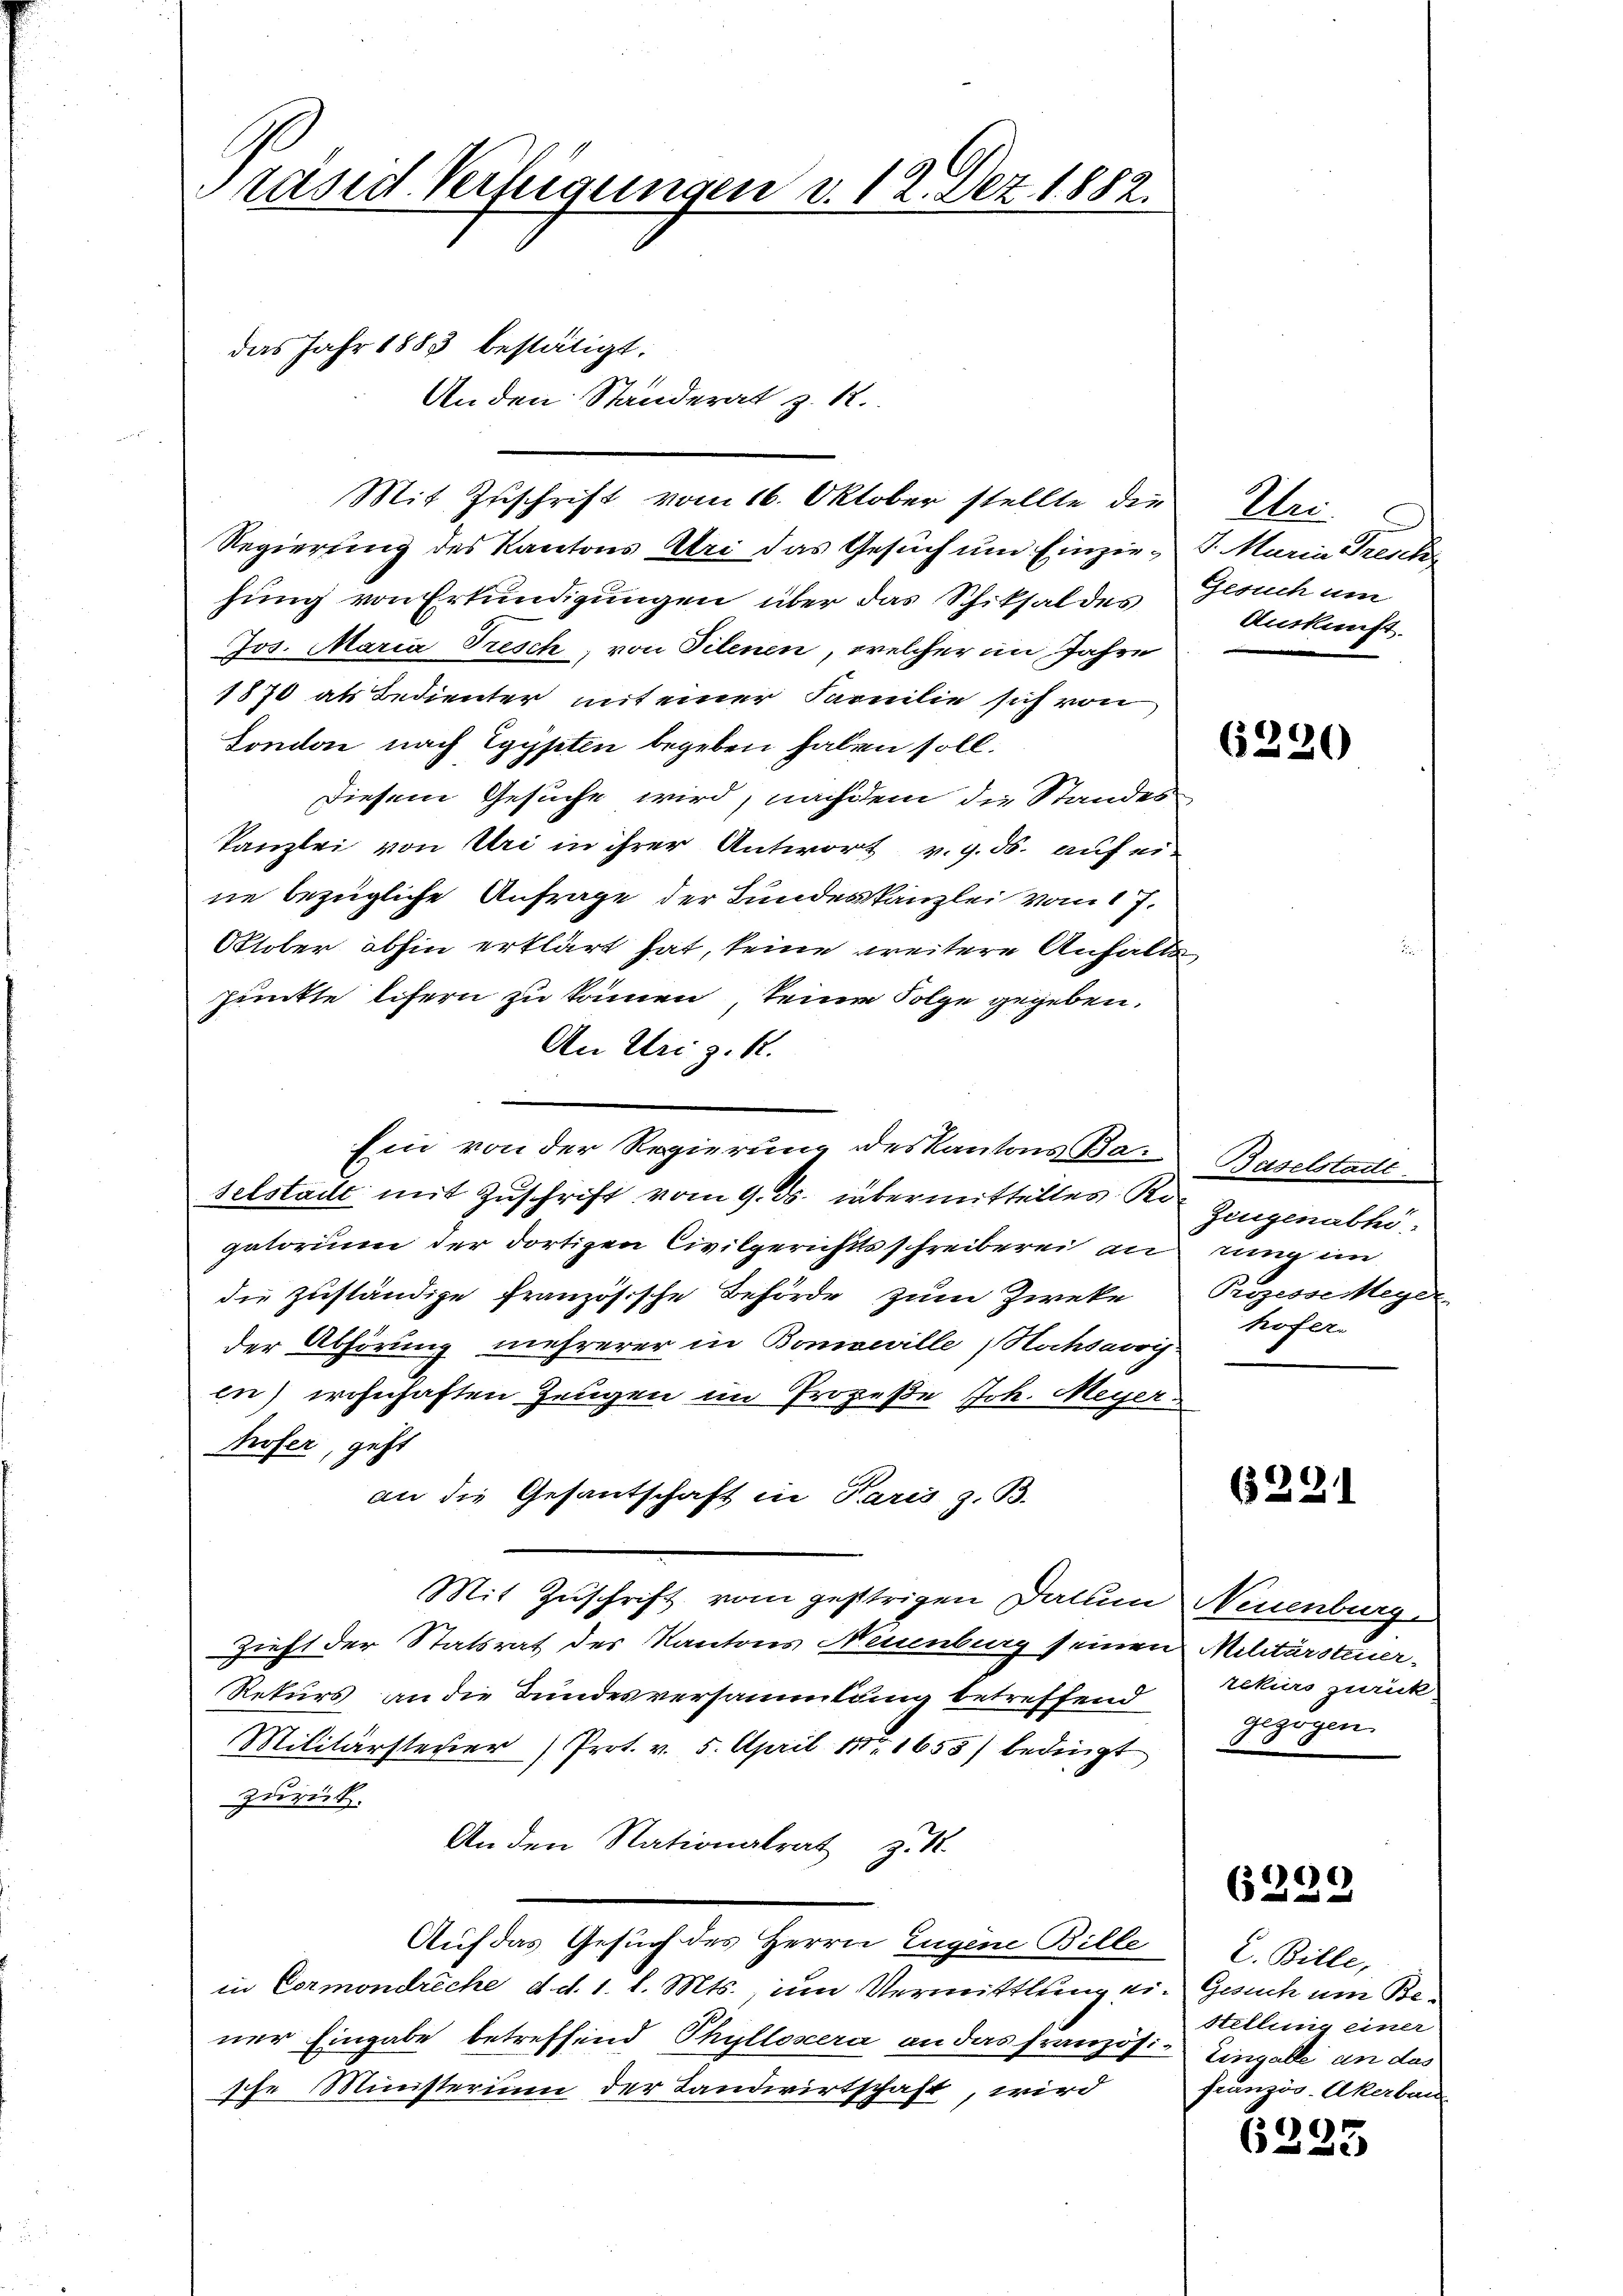
Ständ Verfügungen v. 12. Dez. 1882.

das Jahr 1883 bestätigt.

Anden Ständerat z. R.
Mit Zuschrift vom 16. Oktober stellte die
Regierung des Kantons Uri das Gesuch und Einziehung von Erkundigungen über das Schiksal des
Jos. Maria Tresch, von Filenen, welcher im Jahre
1870 als Bedienter mit einer Familie sich von
Fondon nach Egypten begeben haben soll.
Diesem Gesuche wird, nachdem die Standes
Kanzlei von Uri in ihrer Antwort v. 9. ds. auf eine bezügliche Anfrage der Bundeskanzlei vom 17.
Otober abhin erklärt hat, keine weitere Anhalt
punkte lifern zu können, seiner Folge gegeben.
An Uri z. R.
Ein von der Regierung des Kantons Baselstadt mit Zuschrift vom 9. ds. übermitteltes Ro
gatorium der dortigen Civilgerichtsschreiberei an
die zuständige Französische Behörde zum Zweke
der Abhörung mehrerer in Bomneville Nachsawri-
en) wohnhaften Zeugen im Prozeße Joh. Meyer
hofer, geht
an die Gesantschaft in Paris z. B.
Mit Zuschrift vom gestrigen Datum Neuenburge
Zieht der Statsrat des Kantons Neuenburg seinen Militärsteuer¬
Rekurs an die Bundesversammlung betreffend
Militärsteuer Prot. v. 5. April 18. 1655) bedingt
zurück.
Anden Nationalrat z. B.
Auf das Gesuch des Herrn Eugene Bille
in Cormondreche d. d. 1. l. Mts., um Vermittlung ein Gesuch um Bener Eingabe betreffend Phyllosera an das französi- Eingalle an das
sche Ministerium der Landwirtschaft, wird

Ur
5. Maria Tresk
Gesuch um
Auskunft.

¬
n

6220

Baselstadt
¬
Zeugenabhi
rung im
Rögesse Meyer
hofer.

6291

zekurs zurück
gezogen.

0
6.
d
e

L. Bille,
Stellung einer
französ. Akerbau

6295